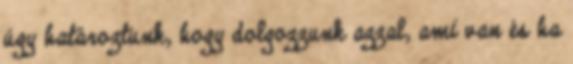
úgy határoztunk, hogy dolgozzunk azzal, ami van és ha